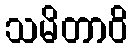
သမိတာဝိ